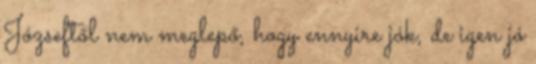
Józseftől nem meglepő, hogy ennyire jók, de igen jó